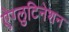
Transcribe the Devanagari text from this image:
ऐग्लुटिनेशन